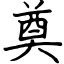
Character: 奠